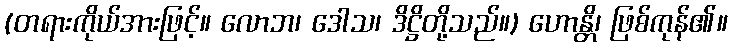
(တရားကိုယ်အားဖြင့်။ လောဘ၊ ဒေါသ၊ ဒိဋ္ဌိတို့သည်။) ဟောန္တိ၊ ဖြစ်ကုန်၏။